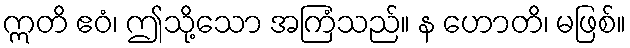
ဣတိ ဧဝံ၊ ဤသို့သော အကြံသည်။ န ဟောတိ၊ မဖြစ်။